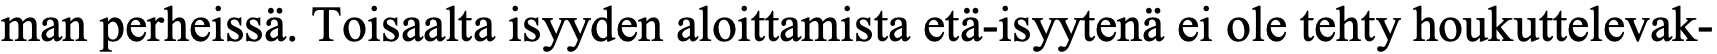
man perheissä. Toisaalta isyyden aloittamista etä-isyytenä ei ole tehty houkuttelevak-